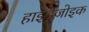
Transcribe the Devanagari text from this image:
हाइड्रैज़ोइक